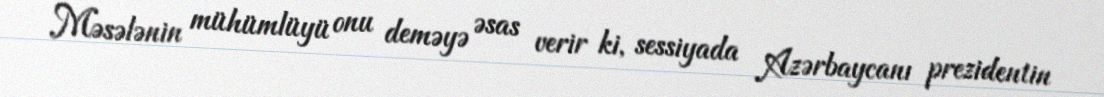
Məsələnin mühümlüyü onu deməyə əsas verir ki, sessiyada Azərbaycanı prezidentin